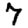
Digit: 7